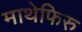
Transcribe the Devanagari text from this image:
माथेफिरु